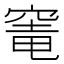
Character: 𮄁